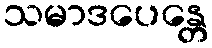
သမာဒပေန္တေ